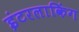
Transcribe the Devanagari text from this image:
इंटरलाकिंग